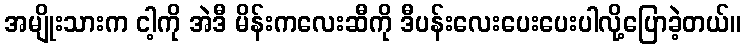
အမျိုးသားက ငါ့ကို အဲဒီ မိန်းကလေးဆီကို ဒီပန်းလေးပေးပေးပါလို့ပြောခဲ့တယ်။